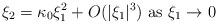
LaTeX: \begin{align*}\xi_2 = \kappa_0 \xi_1^2 + O (|\xi_1|^3) \mbox{ as } \xi_1 \rightarrow 0\end{align*}